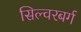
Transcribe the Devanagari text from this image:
सिल्वरबर्ग